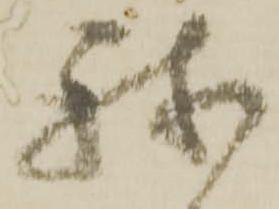
我